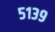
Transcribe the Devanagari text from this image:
५१३९